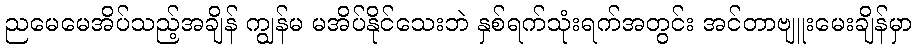
ညမေမေအိပ်သည့်အချိန် ကျွန်မ မအိပ်နိုင်သေးဘဲ နှစ်ရက်သုံးရက်အတွင်း အင်တာဗျူးမေးချိန်မှာ